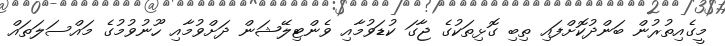
މީގެއިތުރުން ބަންދުކޮށްފައި ތިބި ގޮޅިތަކުގެ ޖާގަ ކުޑަވުމާއި ވެންޓިލޭޝަން ދަށްވުމާއި ހޫނުވުމުގެ މައްސަލަތައް